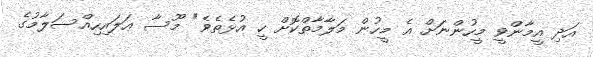
އަދި އީމާންވީ މީހުންނަށް އެ މީހުން މަލާމާތްކޮށް ހީ އުޅެތެވެ" މޫސާ ޢަލައިހިއްސަލާމުގެ